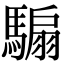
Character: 騸